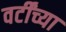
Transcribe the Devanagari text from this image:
वर्टींच्या